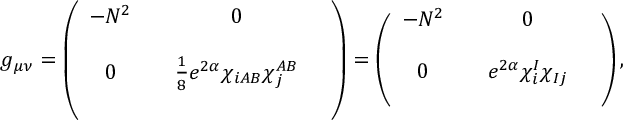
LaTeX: g _ { \mu \nu } = \left( \begin{array} { c c c c } { { - N ^ { 2 } } } & { { } } & { { 0 } } & { { } } \\ { { } } & { { } } & { { } } & { { } } \\ { { 0 } } & { { } } & { { \frac { 1 } { 8 } e ^ { 2 \alpha } \chi _ { i A B } \chi _ { j } ^ { A B } } } & { { } } \\ { { } } & { { } } & { { } } & { { } } \end{array} \right) = \left( \begin{array} { c c c c } { { - N ^ { 2 } } } & { { } } & { { 0 } } & { { } } \\ { { } } & { { } } & { { } } & { { } } \\ { { 0 } } & { { } } & { { e ^ { 2 \alpha } \chi _ { i } ^ { I } \chi _ { I j } } } & { { } } \\ { { } } & { { } } & { { } } & { { } } \end{array} \right) ,